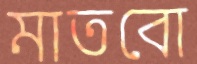
মাতবো